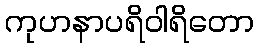
ကုဟနာပရိဝါရိတော